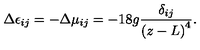
\Delta \epsilon _ { i j } = - \Delta \mu _ { i j } = - 1 8 g { \frac { \delta _ { i j } } { \left( z - L \right) ^ { 4 } } } .